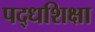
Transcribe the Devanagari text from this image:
पद्धशिक्षा